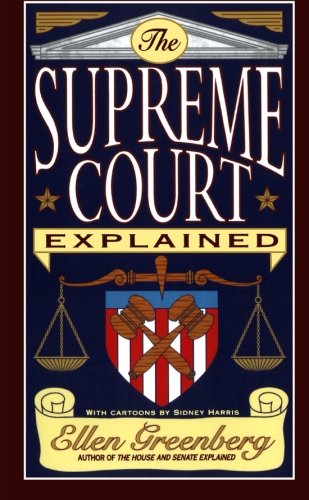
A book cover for The Supreme Court Explained; Ellen Greenberg; Law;